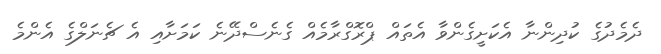
ދެމެދުގެ ކުދިންނާ އެކަށީގެންވާ އެތައް ޕްރޮގްރާމެއް ގެނެސްދޭނެ ކަމަށާއި އެ ޗެނަލްގެ އެންމެ